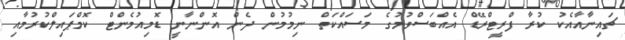
ޗައިނާއާއެކު ކުރާ ފްރީޓްރޭޑް އެއްބަސްވުމުގެ މަސައްކަތް ނިމުމުން ދެން އޮންނާނީ ޑޮމިއުމެންޓް ކޮމްޕައިލްކުރުމާއި